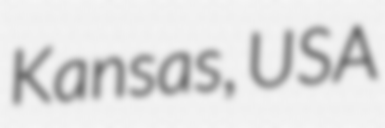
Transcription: Kansas, USA